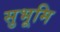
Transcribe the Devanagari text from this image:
सुभूमि